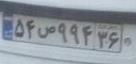
۵۴ص۹۹۴۳۶